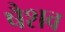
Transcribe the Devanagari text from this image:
षैशव